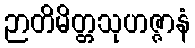
ဉာတိမိတ္တသုဟဇ္ဇာနံ